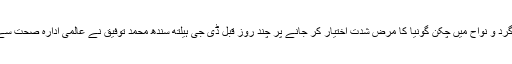
واضح رہے کہ کراچی اور گرد و نواح میں چکن گونیا کا مرض شدت اختیار کر جانے پر چند روز قبل ڈی جی ہیلتھ سندھ محمد توفیق نے عالمی ادارہ صحت سے مدد کے لئے خط لکھا تھا۔